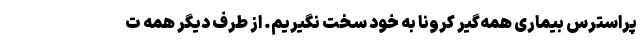
پراسترس بیماری همه‌گیر کرونا به خود سخت نگیریم. از طرف دیگر همه ت